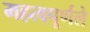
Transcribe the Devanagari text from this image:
महत्वपूर्णले